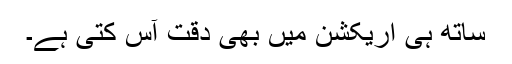
ساتھ ہی اریکشن میں بھی دقت آس کتی ہے۔